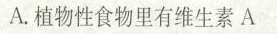
A.植物性食物里有维生素A